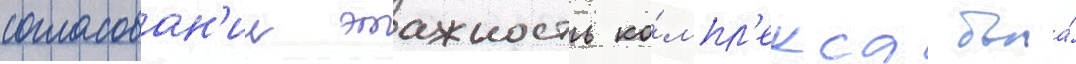
согласован'ии этажность ко́мпл'екса была́